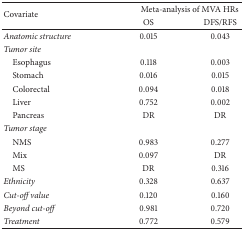
| <ROWSPAN=2> Covariate | <COLSPAN=2> Meta-analysis of MVA HRs |
 | OS | DFS/RFS |
 | --- | --- | --- |
 | Anatomic structure | 0.015 | 0.043 |
 | Tumor site |  |  |
 | Esophagus | 0.118 | 0.003 |
 | Stomach | 0.016 | 0.015 |
 | Colorectal | 0.094 | 0.018 |
 | Liver | 0.752 | 0.002 |
 | Pancreas | DR | DR |
 | Tumor stage |  |  |
 | NMS | 0.983 | 0.277 |
 | Mix | 0.097 | DR |
 | MS | DR | 0.316 |
 | Ethnicity | 0.328 | 0.637 |
 | Cut-off value | 0.120 | 0.160 |
 | Beyond cut-off | 0.981 | 0.720 |
 | Treatment | 0.772 | 0.579 |